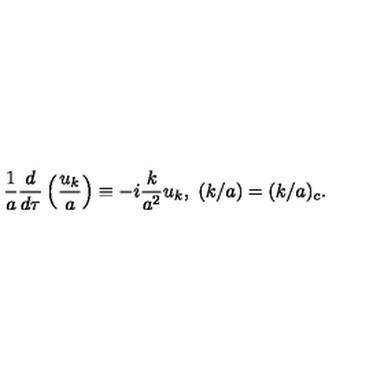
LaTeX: { \frac { 1 } { a } } { \frac { d } { d \tau } } \left( { \frac { u _ { k } } { a } } \right) \equiv - i { \frac { k } { a ^ { 2 } } } u _ { k } , \ ( k / a ) = ( k / a ) _ { c } .